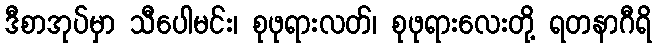
ဒီစာအုပ်မှာ သီပေါမင်း၊ စုဖုရားလတ်၊ စုဖုရားလေးတို့ ရတနာဂီရိ